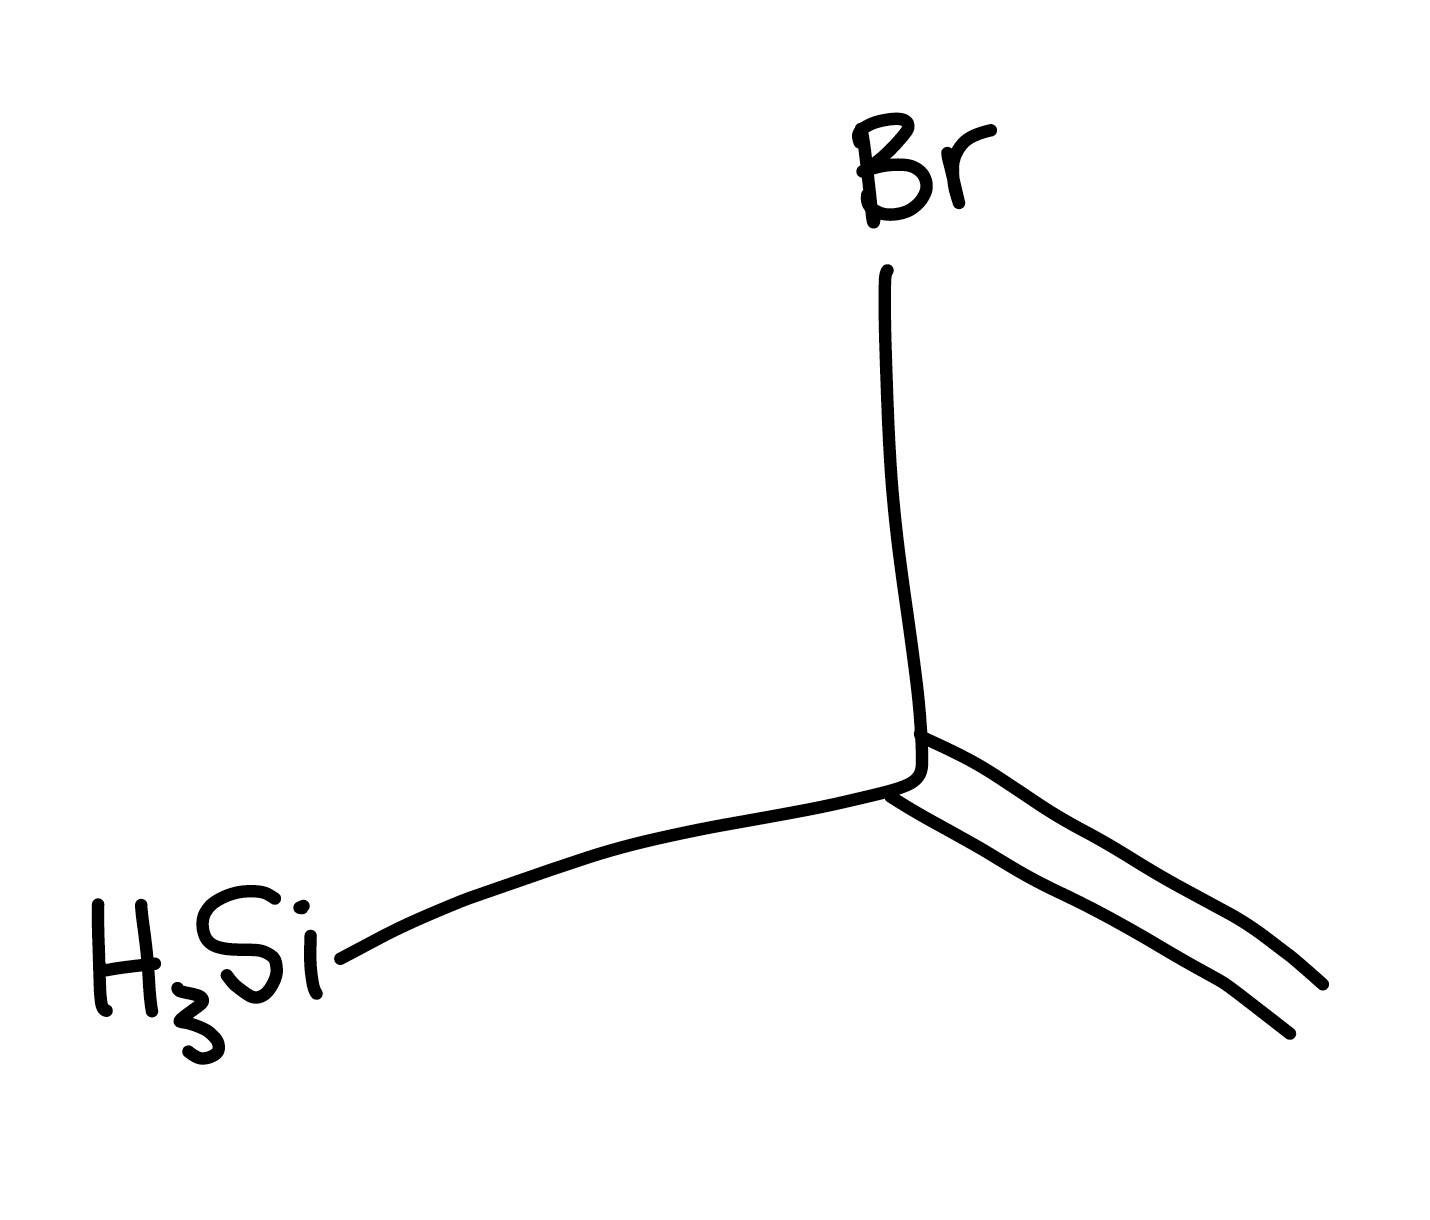
Simplified molecular-input line-entry system (SMILES) notation of the given molecule:
C=C([SiH3])Br